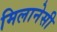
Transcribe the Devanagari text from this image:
मिलानेसी